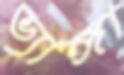
ভ্যাঙ্গা